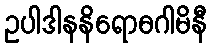
ဥပါဒါနနိရောဓဂါမိနီ